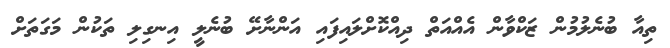
ތިއާ ބުނެލުމުން ޒަކްވާން އެއްއަތް ދިއްކޮށްލައިފައި އަންނާށޭ ބުނެލީ އިނގިލި ތަކުން މަގަތަށް